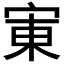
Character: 𫳒